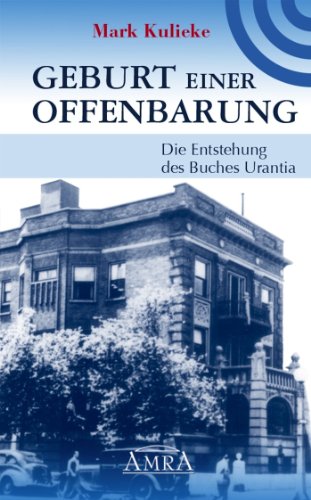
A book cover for Geburt einer Offenbarung: Die Entstehung des Buches Urantia (German Edition); Mark Kulieke; Religion & Spirituality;